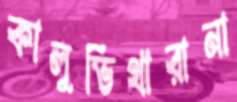
কালুভিথারানা